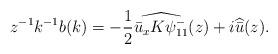
LaTeX: \begin{align*}z^{-1} k^{-1} b(k)= - \frac{1}{2} \widehat{ \bar{u}_x K \psi^-_{11} } ( z)+ i \widehat{\bar{u}} ( z ).\end{align*}